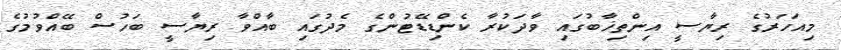
މިއަހަރުގެ ރިޔާސީ އިންތިޚާބުގައި ވާދަކުރާ ކެންޑިޑޭޓުންގެ މެދުގައި ބާއްވާ ރިޔާސީ ބަހުސް ބޭއްވުމުގެ